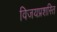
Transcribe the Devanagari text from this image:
विजयप्रशस्ति